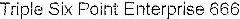
TRIPLE SIX POINT ENTERPRISE 666